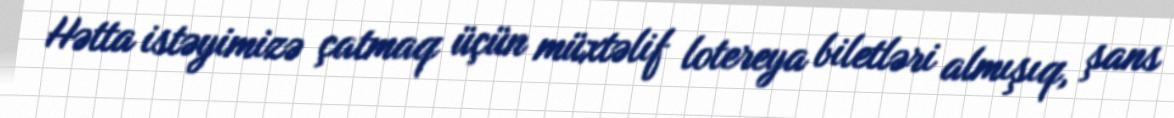
Hətta istəyimizə çatmaq üçün müxtəlif lotereya biletləri almışıq, şans